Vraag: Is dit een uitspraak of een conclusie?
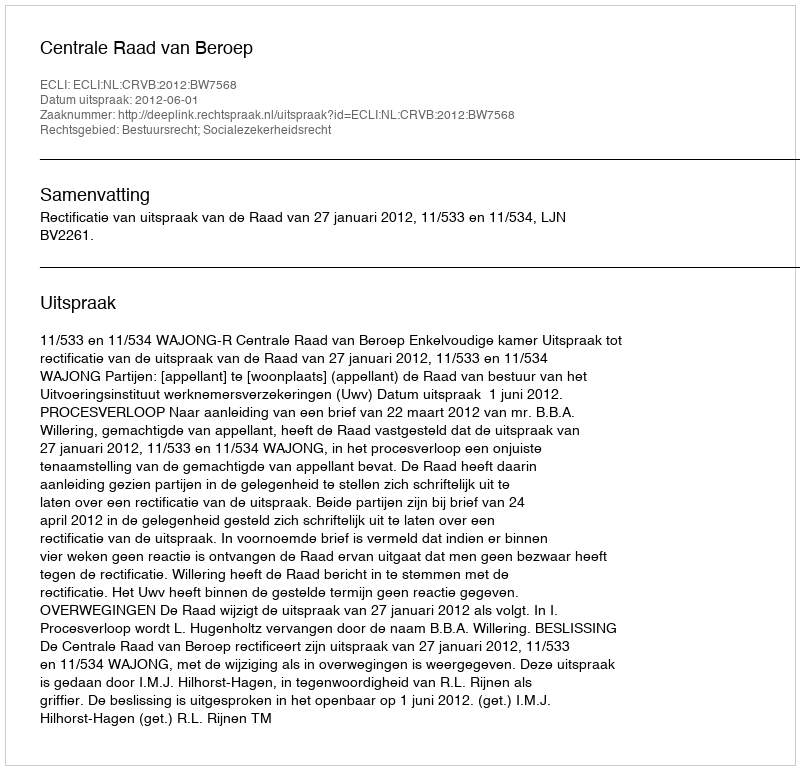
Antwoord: Uitspraak